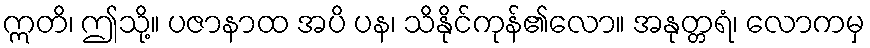
ဣတိ၊ ဤသို့။ ပဇာနာထ အပိ ပန၊ သိနိုင်ကုန်၏လော။ အနုတ္တရံ၊ လောကမှ